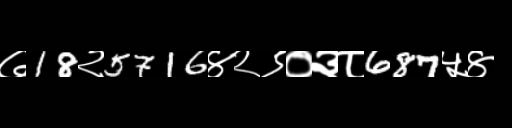
Text: ७18२5716४२९०३८687५४